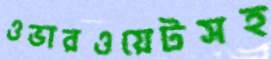
ওভারওয়েটসহ